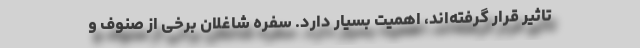
تاثیر قرار گرفته‌اند، اهمیت بسیار دارد. سفره شاغلان برخی از صنوف و